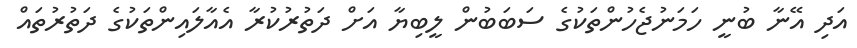
އަދި އޭނާ ބުނީ ހަމަނުޖެހުންތަކުގެ ސަބަބުން ލީބިޔާ އަށް ދަތުރުކުރާ އެއާލައިންތަކުގެ ދަތުރުތައް